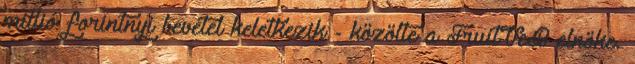
millió forintnyi bevétel keletkezik - közölte a FruitVeB elnöke.